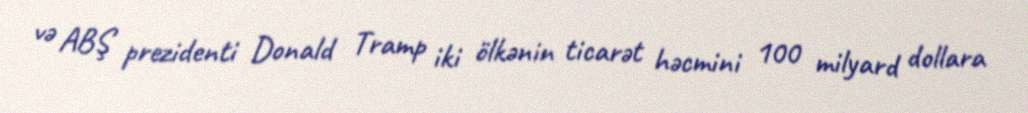
və ABŞ prezidenti Donald Tramp iki ölkənin ticarət həcmini 100 milyard dollara